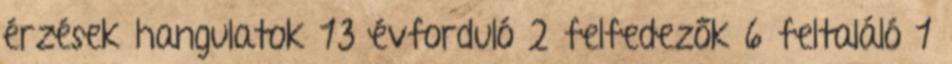
érzések hangulatok 13 évforduló 2 felfedezők 6 feltaláló 1